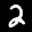
Label: 2